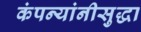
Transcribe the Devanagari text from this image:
कंपन्यांनीसुद्धा